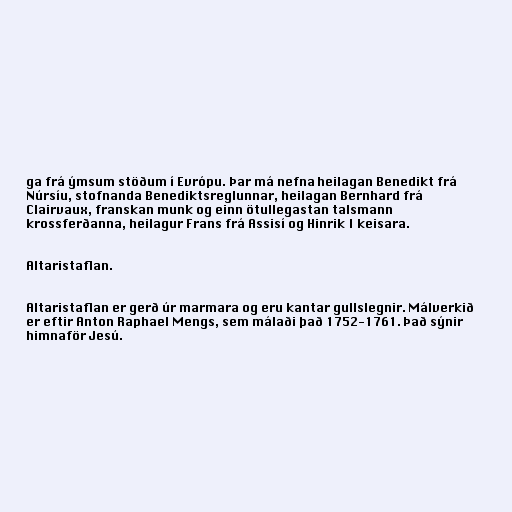
ga frá ýmsum stöðum í Evrópu. Þar má nefna heilagan Benedikt frá
Núrsíu, stofnanda Benediktsreglunnar, heilagan Bernhard frá
Clairvaux, franskan munk og einn ötullegastan talsmann
krossferðanna, heilagur Frans frá Assisí og Hinrik I keisara.

Altaristaflan.

Altaristaflan er gerð úr marmara og eru kantar gullslegnir. Málverkið
er eftir Anton Raphael Mengs, sem málaði það 1752-1761. Það sýnir
himnaför Jesú.